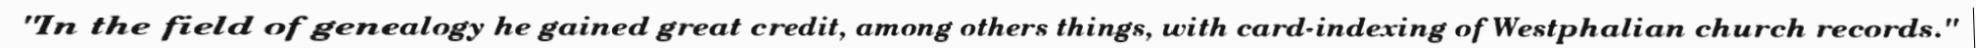
"In the field of genealogy he gained great credit, among others things, with card-indexing of Westphalian church records."